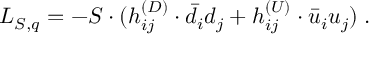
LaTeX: { \cal L } _ { S , q } = - S \cdot ( h _ { i j } ^ { ( D ) } \cdot \bar { d } _ { i } d _ { j } + h _ { i j } ^ { ( U ) } \cdot \bar { u } _ { i } u _ { j } ) \; .